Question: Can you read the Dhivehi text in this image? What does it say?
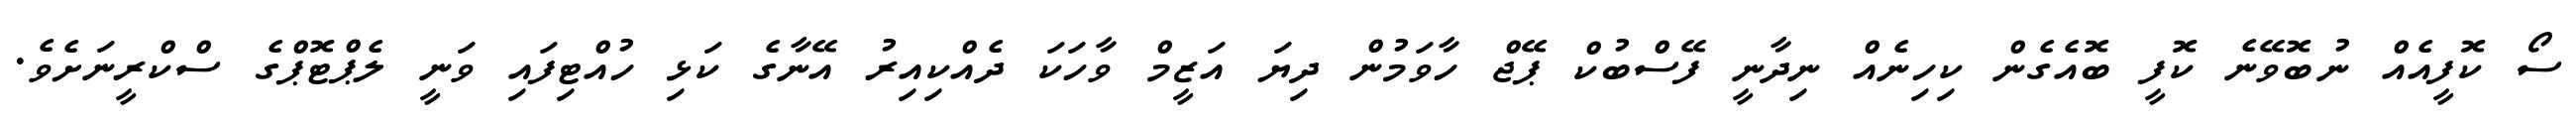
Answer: ސޯ ކޮފީއެއް ނުބޮވޭނެ ކޮފީ ބޮއެގެން ކިހިނެއް ނިދާނީ ފޭސްބުކް ޕޭޖް ހާވަމުން ދިޔަ އަޒީމް ވާހަކަ ދެއްކިއިރު އޭނާގެ ކަޅި ހުއްޓިފައި ވަނީ ލެޕްޓޮޕްގެ ސްކްރީނަށެވެ.